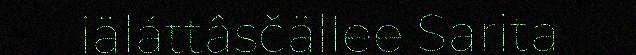
iäláttâsčällee Sarita